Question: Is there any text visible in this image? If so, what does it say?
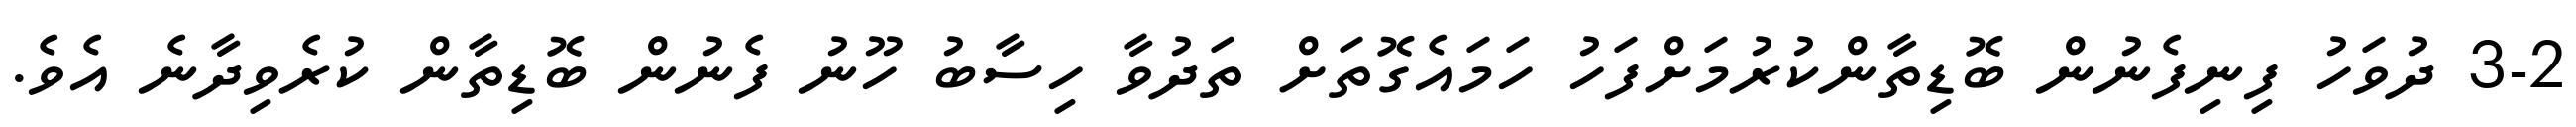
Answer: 3-2 ދުވަހު ފިނިފެނުން ބޮޑިތާންކުރުމަށްފަހު ހަމައެގޮތަށް ތަދުވާ ހިސާބު ހޫނު ފެނުން ބޮޑިތާން ކުރެވިދާނެ އެވެ.